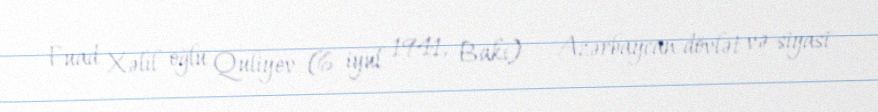
Fuad Xəlil oğlu Quliyev (6 iyul 1941, Bakı) — Azərbaycan dövlət və siyasi